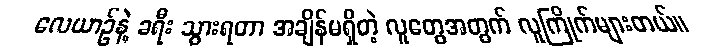
လေယာဉ်နဲ့ ခရီး သွားရတာ အချိန်မရှိတဲ့ လူတွေအတွက် လူကြိုက်များတယ်။